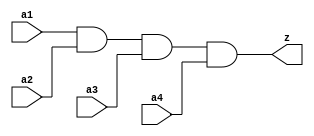
// Module Name: and41
module and41(a1,a2,a3,z,a4 );
input a1;
input a2;
input a3;
input a4;
output z;
wire z;
assign z=a1&a2&a3&a4;
endmodule